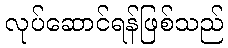
လုပ်ဆောင်ရန်ဖြစ်သည်